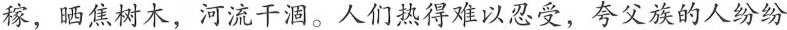
稼，晒焦树木，河流干涸。人们热得难以忍受，夸父族的人纷纷